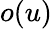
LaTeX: o(u)